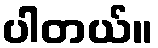
ပါတယ်။